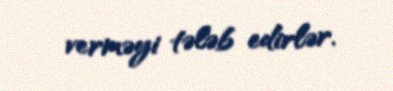
verməyi tələb edirlər.